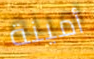
أمينة